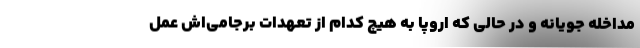
مداخله جویانه و در حالی که اروپا به هیچ کدام از تعهدات برجامی‌اش عمل